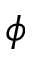
\phi